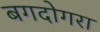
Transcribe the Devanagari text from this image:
बगदोगरा